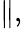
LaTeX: \parallel,